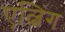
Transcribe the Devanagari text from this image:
एल्बिंग